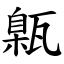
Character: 甈